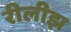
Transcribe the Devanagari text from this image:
रीलीझ